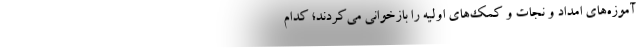
آموزه‌هاي امداد و نجات و كمك‌هاي اوليه را بازخواني مي‌كردند؛ كدام